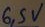
Text: 6,5V